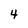
Character: 4